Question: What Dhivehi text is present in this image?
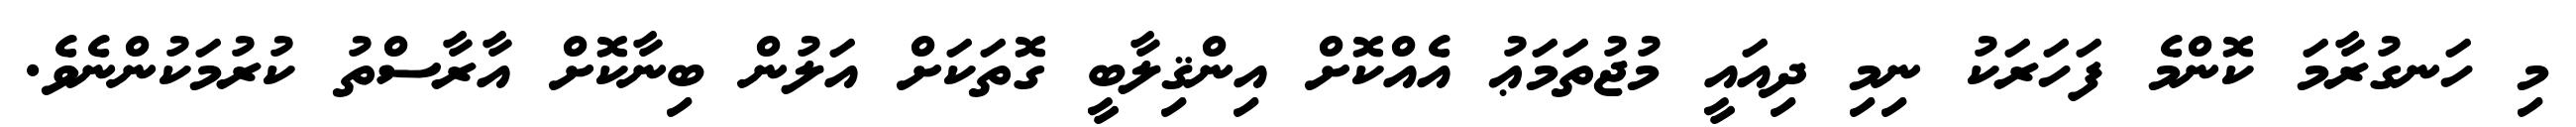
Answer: މި ހަނގުރާމަ ކޮންމެ ފަހަރަކު ނިމި ދިއައީ މުޖުތަމަޢު އެއްކޮށް އިންޤިލާބީ ގޮތަކަށް އަލުން ބިނާކޮށް އާރާސްތު ކުރުމަކުންނެވެ.